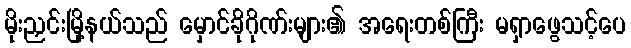
မိုးညှင်းမြို့နယ်သည် မှောင်ခိုဂိုဏ်းများ၏ အရေးတစ်ကြီး မရှာဖွေသင့်ပေ